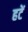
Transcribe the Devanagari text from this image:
हटें